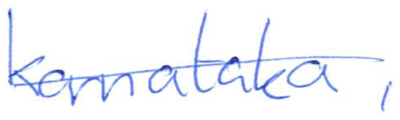
Text: Karnataka,
Cross-out: single-line
Writing tool: ballpoint